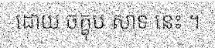
ដោយ ចក្ខុប សាទ នេះ ។